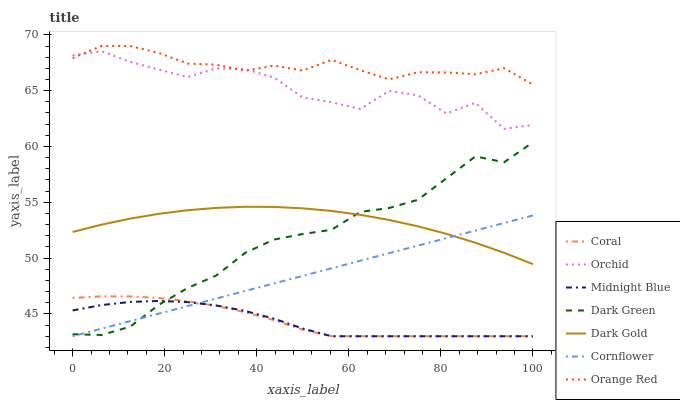
| xaxis_label | Coral | Orchid | Midnight Blue | Dark Green | Dark Gold | Cornflower | Orange Red |
 | --- | --- | --- | --- | --- | --- | --- | --- |
 | 0 | 46.4 | 68.2 | 45.3 | 43.2 | 52.3 | 43 | 67.9 |
 | 6.25 | 46.6 | 68.5 | 45.8 | 43.1 | 53 | 43.7 | 69 |
 | 12.5 | 46.6 | 67.6 | 46.1 | 43.9 | 53.5 | 44.4 | 69 |
 | 18.8 | 46.4 | 66.9 | 46.2 | 45.8 | 54 | 45 | 68.4 |
 | 25 | 46.1 | 66.2 | 46.1 | 47.3 | 54.3 | 45.7 | 67.4 |
 | 31.2 | 45.7 | 67 | 45.8 | 48.5 | 54.5 | 46.4 | 67.3 |
 | 37.5 | 45.1 | 66.9 | 45.3 | 50.5 | 54.6 | 47.1 | 66.8 |
 | 43.8 | 44.4 | 66.2 | 44.6 | 51.7 | 54.6 | 47.7 | 67.2 |
 | 50 | 43.6 | 64.4 | 43.7 | 52.2 | 54.5 | 48.4 | 66.8 |
 | 56.2 | 43 | 64 | 43 | 52.5 | 54.2 | 49.1 | 67.8 |
 | 62.5 | 43 | 63.4 | 43 | 54.1 | 53.9 | 49.8 | 66.8 |
 | 68.8 | 43 | 65 | 43 | 54.5 | 53.4 | 50.4 | 66 |
 | 75 | 43 | 64.6 | 43 | 55.2 | 52.8 | 51.1 | 66.6 |
 | 81.2 | 43 | 63 | 43 | 57.2 | 52.2 | 51.8 | 66.6 |
 | 87.5 | 43 | 63.9 | 43 | 59.1 | 51.4 | 52.5 | 66.5 |
 | 93.8 | 43 | 61.6 | 43 | 58.6 | 50.5 | 53.1 | 67 |
 | 100 | 43 | 61.9 | 43 | 60.4 | 49.5 | 53.8 | 65.5 |